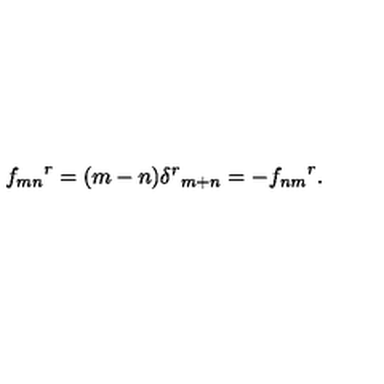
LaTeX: { f _ { m n } } ^ { r } = ( m - n ) { \delta ^ { r } } _ { m + n } = - { f _ { n m } } ^ { r } .